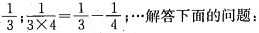
\frac{1}{3}:$$ \frac{1}{3 \times 4}= \frac{1}{3}- \frac{1}{4$$; …解答下面的问题：